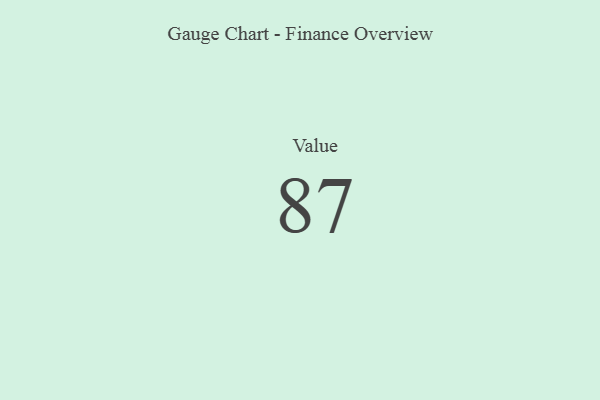
{"axis": {"x": "Metric", "y": "Value"}, "legend": [""], "data": [{"x": "Value", "y": 87, "type": ""}]}